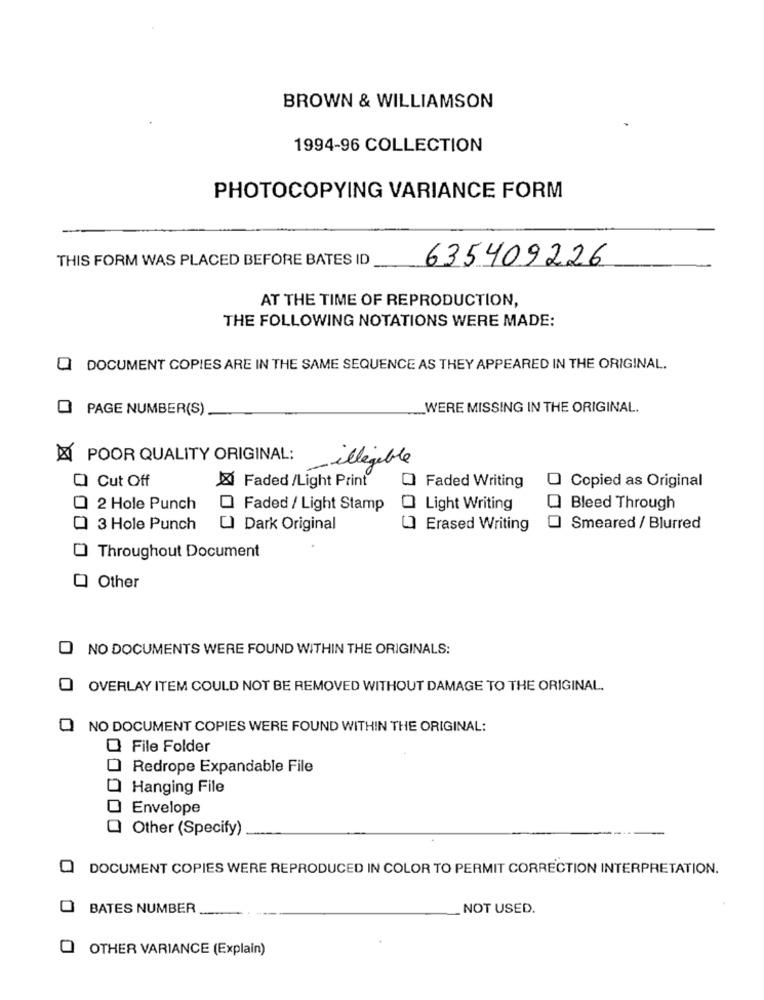
BROWN & WILLIAMSON
1994-96 COLLECTION
PHOTOCOPYING VARIANCE FORM
THIS FORM WAS PLACED BEFORE BATES ID
635409226
AT THE TIME OF REPRODUCTION,
THE FOLLOWING NOTATIONS WERE MADE:
DOCUMENT COPIES ARE IN THE SAME SEQUENCE AS THEY APPEARED IN THE ORIGINAL.
PAGE NUMBER(S)
WERE MISSING IN THE ORIGINAL.
XI POOR QUALITY ORIGINAL:
illegible
Cut Off
Faded/Light Print
Faded Writing
Copied as Original
2 Hole Punch
Faded / Light Stamp
Light Writing
Bleed Through
3 Hole Punch
" Dark Original
]Erased Writing
Smeared / Blurred
Throughout Document
Other
0
NO DOCUMENTS WERE FOUND WITHIN THE ORIGINALS:
OVERLAY ITEM COULD NOT BE REMOVED WITHOUT DAMAGE TO THE ORIGINAL.
Q NO DOCUMENT COPIES WERE FOUND WITHIN THE ORIGINAL:
O File Folder
Redrope Expandable File
Hanging File
Envelope
Q Other (Specify)
DOCUMENT COPIES WERE REPRODUCED IN COLOR TO PERMIT CORRECTION INTERPRETATION.
O BATES NUMBER
NOT USED.
O OTHER VARIANCE (Explain)